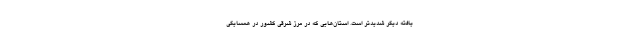
یافته دیگر شدیدتر است. استان‌هایی که در مرز شرقی کشور در همسایگی